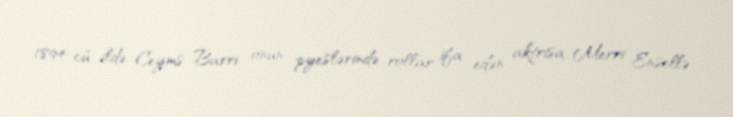
1894-cü ildə Ceyms Barri onun pyeslərində rollar ifa edən aktrisa Merri Ensellə